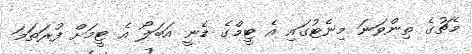
މެޗުގެ ތިންވަނަ މިނެޓުގައި އެ ޓީމްގެ ޑެނީ އަބަލޯ އެ ޓީމަށް ފުރަތަމަ